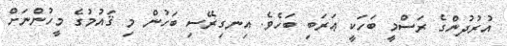
އުރުދުންގެ ރަސްމީ ބަހަކީ ޢަރަބި ބަހެވެ. އިނގިރޭސި ބަހުން މި ޤައުމުގެ މީހުންނަށް